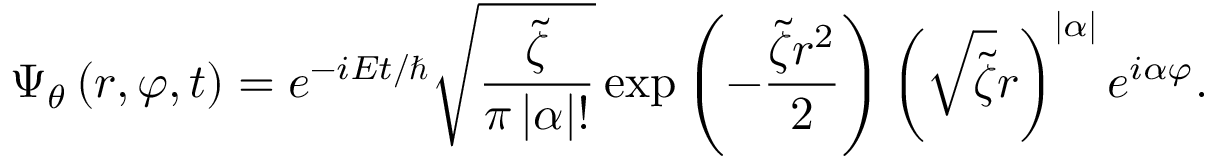
\Psi _ { \theta } \left( r , \varphi , t \right) = e ^ { - i E t / \hbar } \sqrt { \frac { \tilde { \zeta } } { \pi \left| \alpha \right| ! } } \exp \left( - \frac { \tilde { \zeta } r ^ { 2 } } { 2 } \right) \left( \sqrt { \tilde { \zeta } } r \right) ^ { \left| \alpha \right| } e ^ { i \alpha \varphi } .